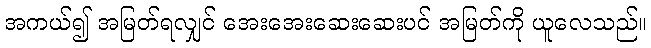
အကယ်၍ အမြတ်ရလျှင် အေးအေးဆေးဆေးပင် အမြတ်ကို ယူလေသည်။